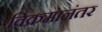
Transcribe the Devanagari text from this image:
विक्रमानंतर